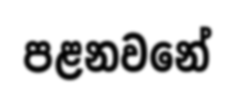
පළනවනේ